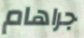
جراهام